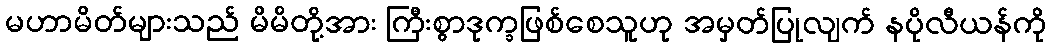
မဟာမိတ်များသည် မိမိတို့အား ကြီးစွာဒုက္ခဖြစ်စေသူဟု အမှတ်ပြုလျက် နပိုလီယန်ကို